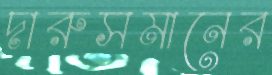
দারুসমানের